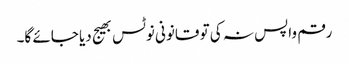
رقم واپس نہ کی تو قانونی نوٹس بھیج دیا جائے گا۔